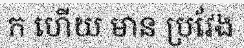
ក ហើយ មាន ប្រវែង